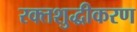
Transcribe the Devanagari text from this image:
रक्तशुद्धीकरण